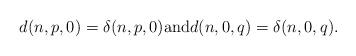
LaTeX: \begin{align*}d(n,p,0)=\delta (n,p,0)\mathrm{and}d(n,0,q)=\delta (n,0,q).\end{align*}